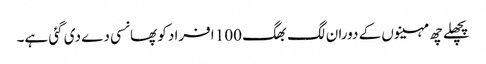
پچھلے چھ مہینوں کے دوران لگ بھگ 100 افراد کو پھانسی دے دی گئی ہے۔